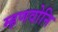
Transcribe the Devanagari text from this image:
म्हणवोनि